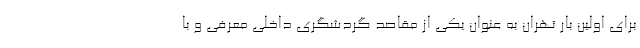
برای اولین بار تهران به عنوان یکی از مقاصد گردشگری داخلی معرفی و با